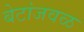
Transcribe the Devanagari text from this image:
बेटांजवळ